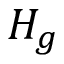
H _ { g }